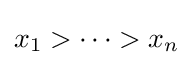
x_{1}>\cdots >x_{n}